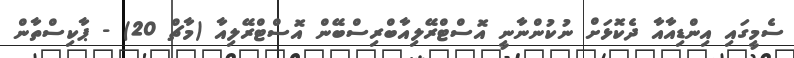
ސެމީގައި އިންޑިއާއާ ދެކޮޅަށް ނުކުންނާނީ އޮސްޓްރޭލިއާބްރިސްބޭން އޮސްޓްރޭލިއާ (މާޗް 20) - ޕާކިސްތާން